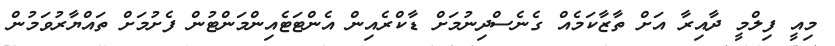
މިއީ ފިލްމީ ދާއިރާ އަށް ތާޒާކަމެއް ގެނެސްދިނުމަށް ޑާކްރެއިން އެންޓަޓެއިންމަންޓުން ފެށުމަށް ތައްޔާރުވަމުން